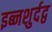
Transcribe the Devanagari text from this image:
इब्नशुर्दद्व